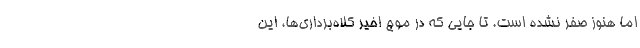
اما هنوز صفر نشده است. تا جایی که در موج اخیر کلاه‌برداری‌ها، این